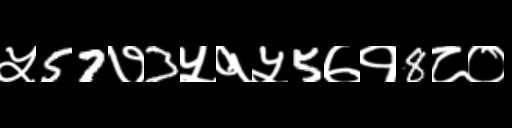
Text: ५57७3५१५5७१8८०